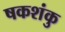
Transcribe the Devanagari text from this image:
षकशंकु